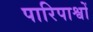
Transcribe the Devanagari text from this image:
पारिपाश्वों